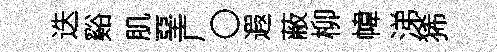
迭谿肌堊广〇遐蔽柳幃涕狶